Vital statistics of India. Vol. VI, European troops 1870-79
Year: 1870
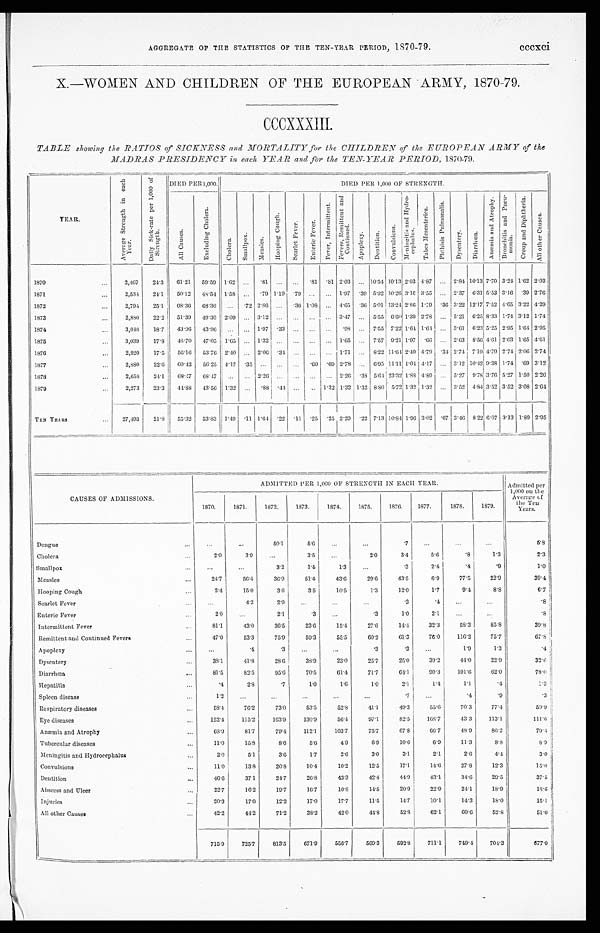
AGGREGATE OF THE STATISTICS OF THE TEN-YEAR PERIOD, 1870-79. cccxci
X.—WOMEN AND CHILDREN OF THE EUROPEAN ARMY, 1870-79.
CCCXXXIII.
TABLE showing the RATIOS of SICKNESS and MORTALITY for the CHILDREN of the EUROPEAN ARMY of the
MADRAS PRESIDENCY in each YEAR and for the TEN-YEAR PERIOD, 1870-79.
YEAR.
A v e r a g e S t r e n g t h i n e a c h Y e a r .
D a i l y S i c k - r a t e p e r 1 , 0 0 0 o f S t r e n g t h .
DIED PER 1,000.
DIED PER 1,000 OF STRENGTH.
A l l C a u s e s .
E x c l u d i n g C h o l e r a .
C h o l e r a .
S m a l l p o x . M e a s l e s .
H o o p i n g C o u g h . S c a r l e t F e v e r .
E n t e r i c F e v e r .
F e v e r , I n t e r m i t t e n t .
F e v e r s , R e m i t t e n t a n d C o n t i n u e d .
A p o p l e x y .
Dentition.
C o n v u l s i o n s .
M e n i n g i t i s a n d H y d r o - c e p h a l u s .
T a b e s M e s e n t e r i c a .
P h t h i s i s P u l m o n a l i s .
D y s e n t e r y . D i a r r h œ a .
A n æ m i a a n d A t r o p h y .
B r o n c h i t i s a n d P n e u - m o n i a .
C r o u p a n d D i p h t h e r i a . A l l o t h e r C a u s e s .
1870
. . .
2,467 24.3 61.21 59.59 1.62 ... .81 ... ... .81 .81 2.03 ... 10.54 10.13 2.03 4.87 ... 2.84 10.13 7.70 3.24 1.62 2.03
1871
...
2,534 24.1 50.12 48.54 1.58 ... .79 1.19 .79 ... ... 1.97 . 39 5.92 10.26 3.16 3.55 ... 2.37 6.31 5.53 3.16 .39 2.76
1872
...
2,794 25.1 68.36 68.36 ... .72 2.86 ... .36 1.08 ... 4.65 . 36 5.01 13.24 2.86 1.79 .36 3.22 12.17 7.52 4.65 3.22 4.29
1873
...
2,880 22.2 51.39
49. 30 2.09 ... 3.12 ... ... ...
. . . 3.47 ... 5.55 6.60 1.39 2.78 ... 5.21 6.25 8.33 1.74 3.12 1.74
1874
...
3,048 18.7 43.96 43.96 ... ... 1.97 . 33 ... ...
. . . .98 ... 7.55 7.22 1.64 1.64
. . . 3.61 6.23 5.25 2.95 1.64 2.95
1875
. . . 3,039 17.8 48.70 47.05 1.65 ... 1.32 ... ... ... ... 1.65
. . . 7.57 9.21 1.97 .66 ... 2.63 8.56 4.61 2.63 1.65 4.61
1876
...
2,920 17.5 56.16 53.76 2.40 ... 2.06 .34 ... ... ... 1.71 ... 8.22 11.64 2.40 4.79 .34 2.74 7.19 4.79 2.74 2.06 2.74
1877
...
2,880 22.6 60.42 56.25 4.17 .35 ... ...
. . . .69 .69 2.78 ... 6.95 11.11 1.04 4.17 ... 3.12 10.42 9.38 1.74 .69 3.12
1878
...
2,658 24.1 68.47 68.47 ... ... 2.26 ...
. . . ... ... 2.26 . 38 5.64 2 3 . 3 2 1.88 4.89 ... 5.27 9. 78 3.76 5.27 1.50 2.26
1879
. . . 2,273 23.3 44.88 43.56 1.32 ... .88 .4 4
. . . ... 1.32 1.32 1.32 8.80 5.72 1.32 1.32 ... 3.52 4.84 3.52 3.52 3.08 2.64
TEN YEARS
... 27,493 21.8 55.32 53.83 1.49 .11 1.64 .22 .11 .25 .25 2.29 . 22 7.13 10.84 1.96 3.02 .07 3.46 8.22 6.07 3.13 1.89 2.95
CAUSES OF ADMISSIONS.
ADMITTED PER 1,000 OF STRENGTH IN EACH YEAR.
Admitted per
1,000 on the
Average of
the Ten
Years.
1870.
1871.
1872.
1873.
1874.
1875.
1876.
1 8 7 7 .
1878.
1879.
Dengue
. . .
. . .
...
50.1
5. 6
...
...
.7
. . .
...
. . .
5.8
Cholera
...
2.0
3.9
. . .
3.5 ...
2. 0
3.4
5.6
.8
1.3
2.3
Smallpox
...
...
...
3.2
1. 4
1.3
...
.3
2. 4
.4
.9
1. 0
Measles
...
24.7
56.4
36.9
51.4
43.6
29. 6
43.5
6. 9
77.5
22.9
39.4
Hooping Cough
...
2.4
15.0
3.6
3.5
10.5
1. 3
12.0
1. 7
9.4
8.8
6.7
Scarlet Fever
...
...
4.3
2.9 ...
...
. . .
.3
.4
...
...
.8
Enteric Fever
. . .
2.0 ...
2.1
.3
...
.3
1.0
2. 1
...
...
.8
Intermittent Fever
...
81.1
43.0
36.5
23.6
15.4
27. 6
14.4
32. 3
58.3
85.8
39.8
Remittent and Continued Fevers
. . .
47.0
53.3
75.9
59.3
55.5
60.2
61.3
76. 0
116.2
75.7
67.8
Apoplexy
...
...
. 4
.3
...
...
.3
.3
...
1.9
1.3
.4
Dysentery
...
38.1
41.8
28.6
38.9
23.0
25. 7
25.0
39. 2
44. 0
22.9
32.6
Diarrhœa
...
81.5
82.5
95.6
70.5
61.4
71.7
64.1
90. 3
101.6
62.0
78.0
Hepatitis
. . .
.4
2.8
. 7
1.0
1.6
1. 0
2.1
1.4
1.1
.4
1.3
Spleen disease
...
1.2 ...
...
...
. . .
. . .
.7
. . .
.4
.9
.3
Respiratory diseases
...
58.4
76.2
73.0
53.5
52.8
41. 1
49.3 55. 6
70. 3
77.4
59.9
Eye diseases
...
152.4
115.2 163.9
130.9
56.4
97. 1
82.5
168.7
43.3
113.1
111.6
Anæmia and Atrophy
...
68.9
81.7
79.4
112.1
103.7
75. 7
67.8
66.7
48.9
86.2
79.4
Tubercular diseases
...
11.0
15.8
8.6
5.6
4.9
6. 9
10.6
6. 9
11.3
8.8
8.9
Meningitis and Hydrocephalus
. . .
2.0
5.1
3.6
1.7
2.6
3.0
3.1
2.1
2.6
4.4
3.0
Convulsions
...
11.0
13.8
20.8
10.4
10.2
12. 5
17.1
14. 6
27.8
12.3
15.0
Dentition
. . .
4 6 . 6
37.1
24.7
26.8
43.3
42.4
44.9
43.1
34.6
29.5
37.5
Abscess and Ulcer
...
22.7
16.2
19.7
16.7
10.8
14. 5
20.9
22. 9
24. 1
18.9
18.6
Injuries
. . .
2 0 . 3
17.0
12.2
17.0
17.7
11.5
14.7
10.1
14.3
18.0
15.1
All other Causes
...
42.2
44.2
71.2
38.2
42.0
44. 8
52.8
62. 1
60. 6
52.8
51.0
715.9
725.7
813.5
671.9
556.7
569.3
592.8
711.1
749. 4
704.3
677.0